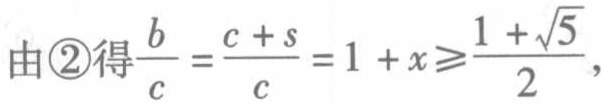
由\textcircled{2}得$\frac{b}{c}=\frac{c + s}{c}=1 + x\geqslant\frac{1+\sqrt{5}}{2},$